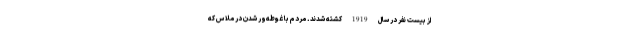
از بیست نفر در سال 1919 کشته شدند. مردم با غوطه‌ور شدن در ملاس که